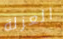
العزلة